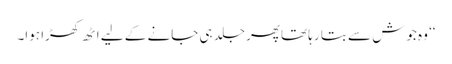
‘‘ وہ جوش سے بتا رہا تھاپھر جلد ہی جانے کے لیے اٹھ کھڑا ہوا۔